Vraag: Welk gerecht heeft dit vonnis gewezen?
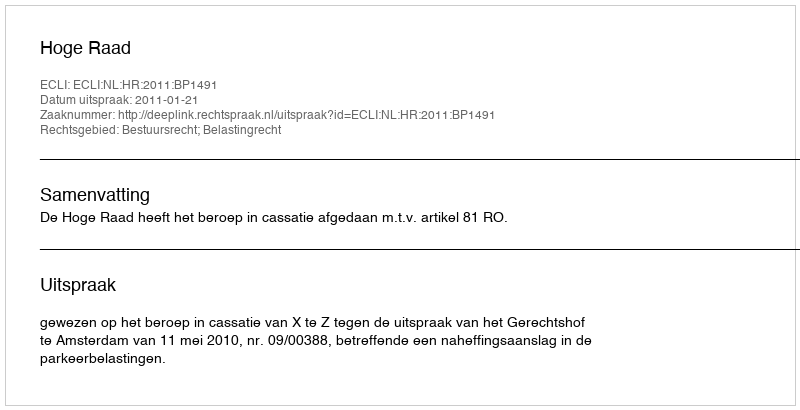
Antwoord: Hoge Raad